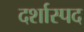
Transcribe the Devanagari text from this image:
दर्शास्पद